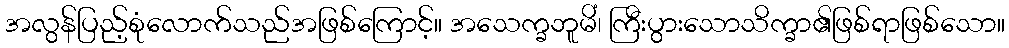
အလွန်ပြည့်စုံလောက်သည်အဖြစ်ကြောင့်။ အသေက္ခဘူမိံ၊ ကြီးပွားသောသိက္ခာ၏ဖြစ်ရာဖြစ်သော။